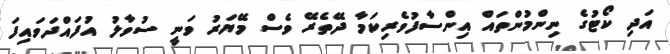
އަދި ކޯޓުގެ ނިންމުންތައް އިންސާފުވެރިކަމާ ދޭތެރޭ ވެސް މޭޔަރު ވަނީ ސުވާލު އުފައްދަވައިފަ